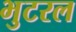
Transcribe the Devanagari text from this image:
भुटरल